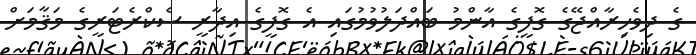
ގެ ދިވެހިރާއްޖޭގެ ގޮފީގެ އާންމު ބައްދަލުވުމުގައި އެ ގޮފީގެ އިދާރީ ސެކްރެޓަރީގެ މަޤާމަށް